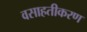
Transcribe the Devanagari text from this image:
वसाहतीकरण